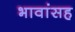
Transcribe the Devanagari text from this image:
भावांसह